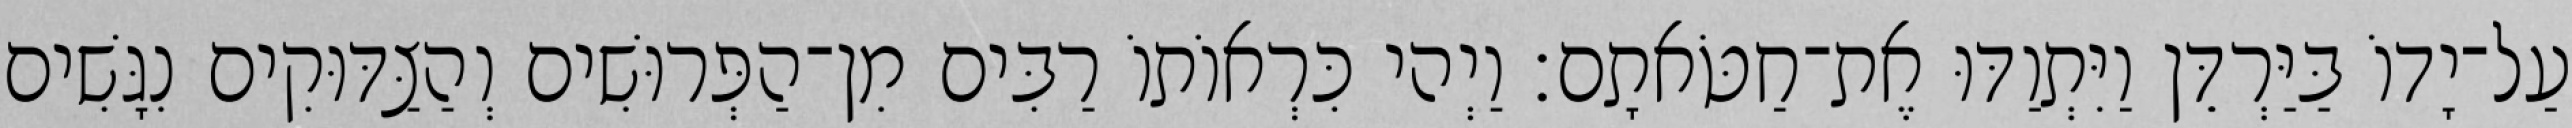
עַל־יָדוֹ בַּיַּרְדֵּן וַיִּתְוַדּוּ אֶת־חַטֹּאתָם׃ וַיְהי כִּרְאוֹתוֹ רַבִּים מִן־הַפְּרוּשִׁים וְהַצַּדּוּקִים נִגָּשִׁים